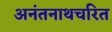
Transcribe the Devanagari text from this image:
अनंतनाथचरित